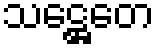
သဋ္ဌေတေ